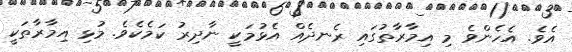
އެވެ. އެހެންވެ މި އިމާރާތުގައި ރެނދެއް އެޅުމަކީ ނާދިރު ކަމެކެވެ. މުޅި އިމާރާތަކީ